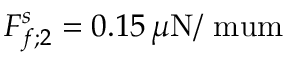
F _ { f ; 2 } ^ { s } = 0 . 1 5 \, \mu \mathrm { N / \ m u m }